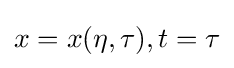
x=x(\eta ,\tau ),t=\tau